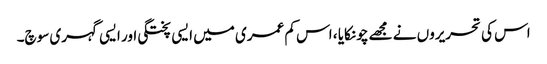
اس کی تحریروں نے مجھے چونکایا ، اس کم عمری میں ایسی پختگی اور ایسی گہری سوچ۔